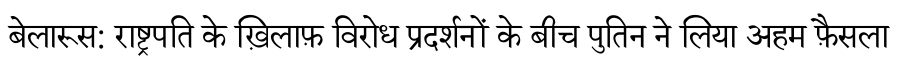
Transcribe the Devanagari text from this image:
बेलारूस: राष्ट्रपति के ख़िलाफ़ विरोध प्रदर्शनों के बीच पुतिन ने लिया अहम फ़ैसला